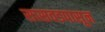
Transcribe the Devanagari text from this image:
सासवडपासून